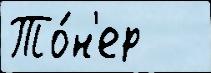
То́н'ер